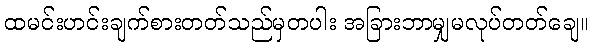
ထမင်းဟင်းချက်စားတတ်သည်မှတပါး အခြားဘာမျှမလုပ်တတ်ချေ။